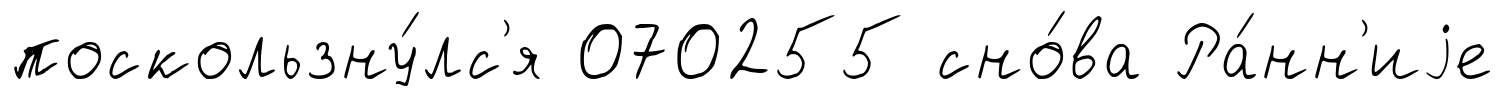
поскользну́лс'я 070255 сно́ва Ра́нн'иjе